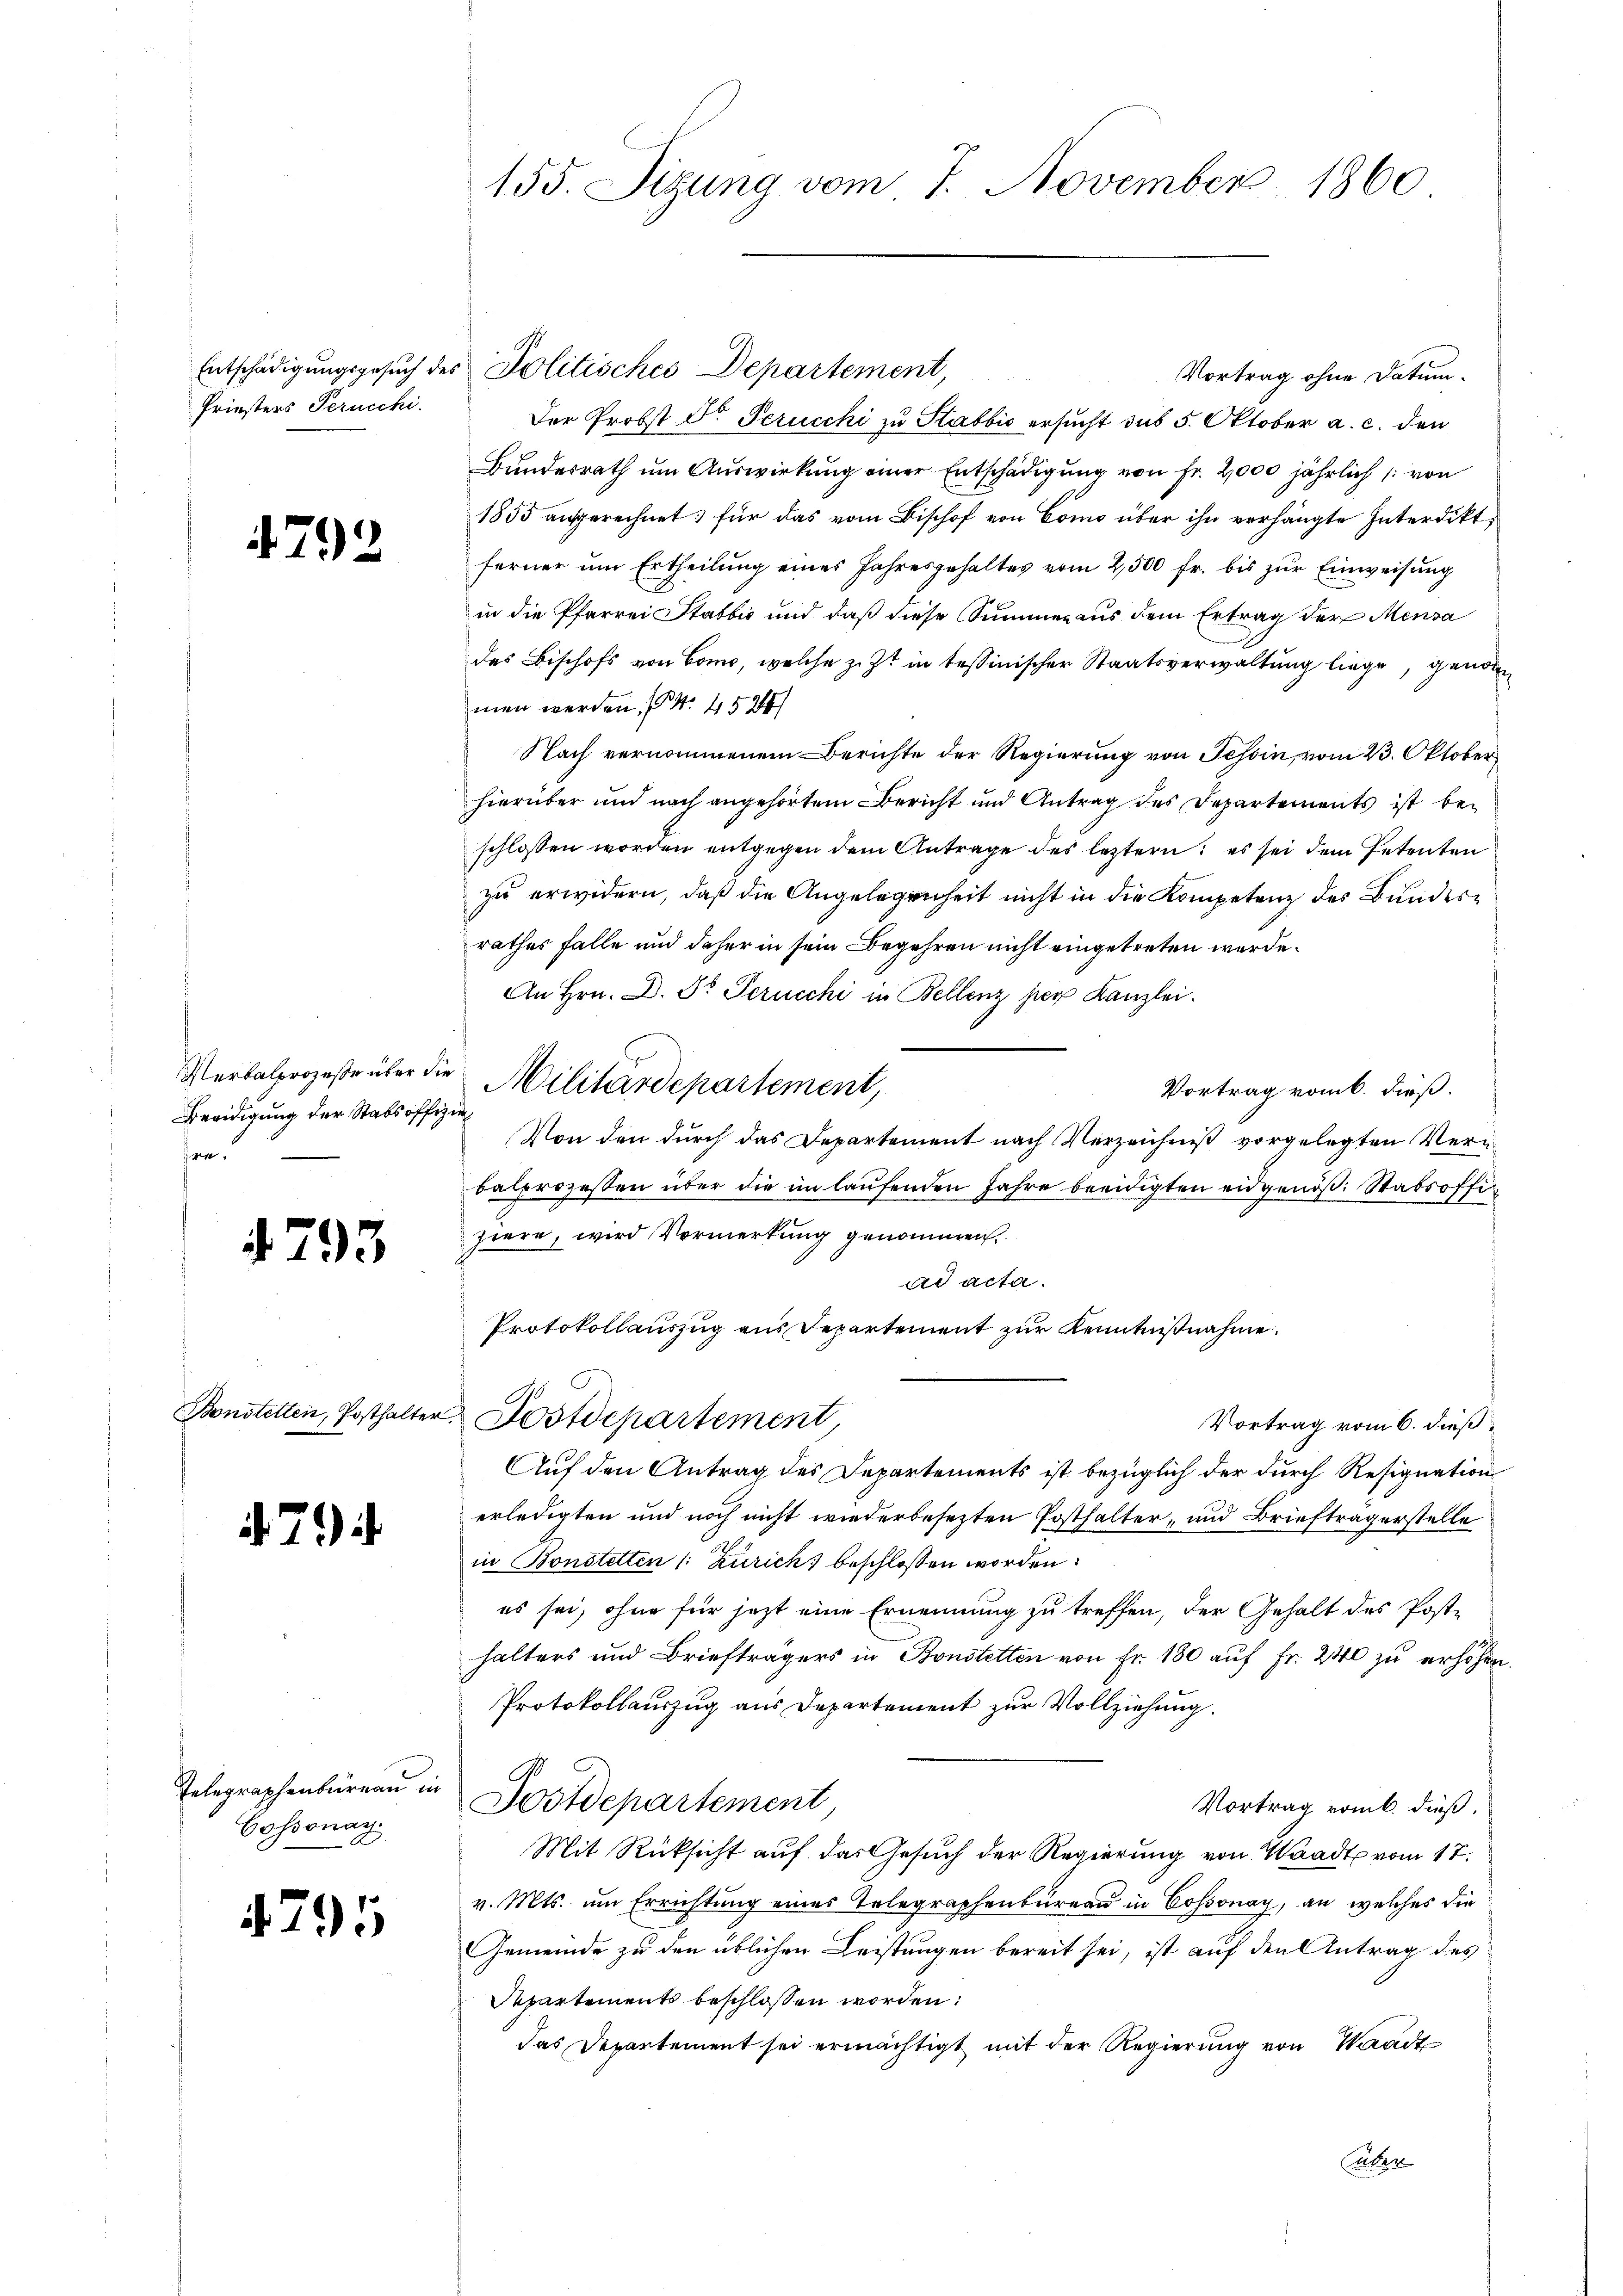
Priesters Serucchi.

4792

Beeidigung der Stabsoffe,
.

4793

Bonstellen, Posthalter

794

Cossonay

4795

155. Sizung vom 7. November 1860

Entschädigungsgesuch des Politisches Departement,

Vortrag ohne Datum.
Der Probst Dr. Perucchi zu Stabbić ersucht due 5. Oktober a. c. den
Bŭndesrath ŭm Aŭswirkung einer Entschädigung von Fr. 2,000 jährlich /: von
1855 angerechnet; für das vom Bischof von Como über ihn verhängte Interdikt,
ferner um Ertheilung eines Jahresgehaltes vom 2,500 fr. bis zur Einweisung
in die Pfarrei Stablis und daß diese Summen aus dem Ertrag der Mensa
des Bischofs von Como, welche z. Zt. in tessinischer Staatsverwaltung liege, genden
men werden. (S. 45244
Nach vernommenem Berichte der Regierung von Tessin, vom 23. Oktober
hierüber und nach angehörtem Bericht und Antrag des Departements ist beschlossen worden entgegen dem Antrage des leztern; es sei dem Petenten
zu erwidern, daß die Angelegenheit nicht in die Kompetenz des Bundesrathes Falle und daher in sein Begehren nicht eingetreten werde.
An Hrn. D. Pr. Scrucchi in Bellenz per Kanzlei.
Verbalprozeße über die Militärdepartement,
Vortrag vom 6. dieß.
se
Von den durch das Departement nach Verzeichniß vorgelegten Verbalprozessen über die im laufenden Jahre breidigten eidgenöß. Stabsoffiziere, wird Vormerkung genommen.
ad acta.
Protokollauszug aus Departement zur Kenntnißnahme.
Postdepartement,
Vortrag vom 6. dieß:
Auf den Antrag des Departements ist bezüglich der durch Resignation
erledigten und noch nicht wiederbesezten Posthalter, und Brieftragerstelle
in Bonstetten (: Zürich) beschlossen worden.
es sei, ohne für jetzt eine Ernennung zu treffen, der Gehalt des Poste
halters und Briefträgers in Bonstetten von Fr. 180 auf Fr. 240 zu erhöhen.
Protokollauszug aus Departement zur Vollziehung.
Telegraphenbüreau in Postdepartement
Vortrag vom 6. dieß.
Mit Rücksicht auf das Gesuch der Regierung von Waadt vom 17.
v. Mts. um Errichtung eines Telegraphenbüreau in Cossonay, an welches die
Gemeinde zu den üblichen Leistungen bereit sei, ist auf den Antrag des
Repartements beschlossen worden:
das Departement sei ermächtigt mit der Regierung von Waadt
Calan